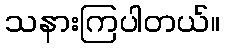
သနားကြပါတယ်။